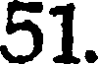
51.